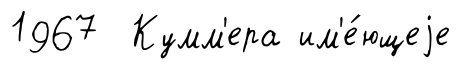
1967 Кумм'ера им'е́ющеjе